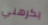
يكرهني